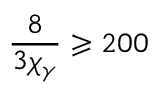
\frac { 8 } { 3 \chi _ { \gamma } } \geqslant 2 0 0